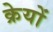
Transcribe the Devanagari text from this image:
क्रेयों